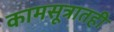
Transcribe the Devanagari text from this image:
कामसूत्रातही